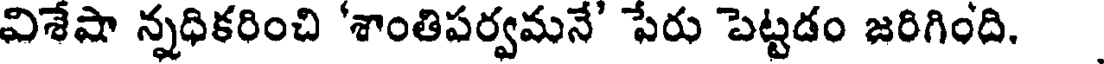
విశేషా న్నధికరించి 'శాంతిపర్వమనే' పేరు పెట్టడం జరిగింది.